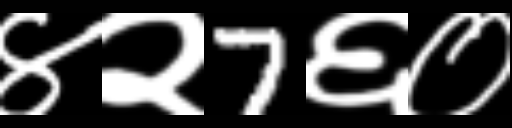
Text: ४२7६०